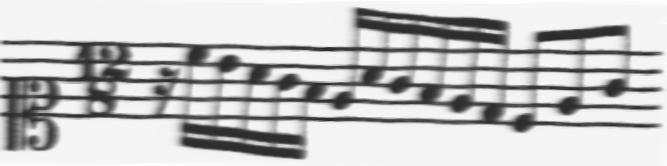
Transcription: clef-C1 timeSignature-12/8 rest-sixteenth note-C5_sixteenth note-B4_sixteenth note-A4_sixteenth note-G4_sixteenth note-F4_sixteenth note-E4_sixteenth note-A4_sixteenth note-G4_sixteenth note-F4_sixteenth note-E4_sixteenth note-D4_sixteenth note-C4_eighth note-E4_eighth note-G4_eighth